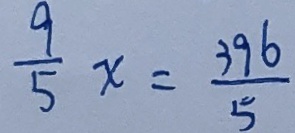
\frac { 9 } { 5 } x = \frac { 3 9 6 } { 5 }